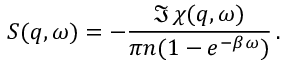
S ( q , \omega ) = - \frac { \Im \, \chi ( q , \omega ) } { \pi n ( 1 - e ^ { - \beta \omega } ) } \, .